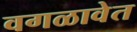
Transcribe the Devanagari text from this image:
वगळावेत